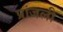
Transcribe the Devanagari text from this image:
प्रांजली